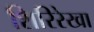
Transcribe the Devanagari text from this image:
शिरिरेखा